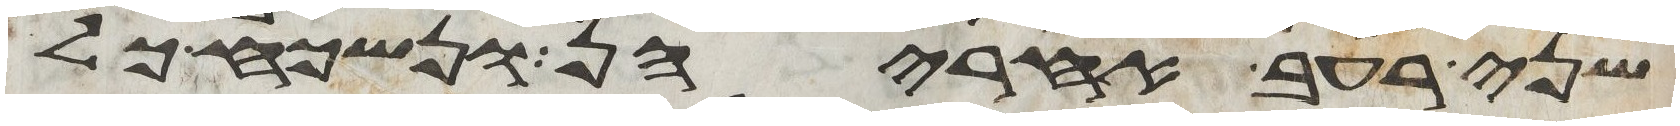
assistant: שני רעב אחריהן ונשכח כל